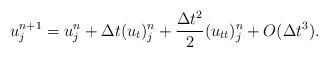
LaTeX: \begin{align*}u^{n+1}_j = u^n_j + \Delta t (u_t)^n_j + \frac{\Delta t^2}{2} (u_{tt})^n_j + O(\Delta t^3).\end{align*}